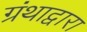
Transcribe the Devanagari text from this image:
ग्रंथाद्वारा